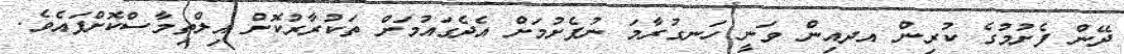
ދޭން ފެށުމުގެ ކުރިން އދއިން ވަނީ ހަނގުރާމަ ނުފެށުމަށް އެދެގައުމަށް ތަކުރާރުކޮށް އިލްތިމާސްކޮށްފައެވެ.